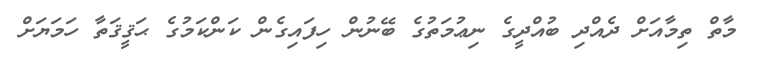
މާތް ތިމާއަށް ދެއްދި ބުއްދީގެ ނިޢުމަތުގެ ބޭނުން ހިފައިގެން ކަންކަމުގެ ޙަޤީޤަތާ ހަމަޔަށް